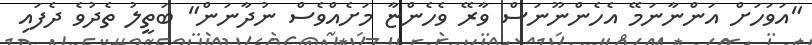
"އަވަހަށް އަންނާނަމޭ އެހެންނޫނަސް ވާރޭ ވެހެންޏާ މަށެއްވެސް ނުދާނަން" ބަތީލު ތެދުވެ ދެފައި